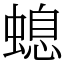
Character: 螅